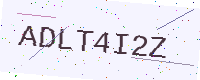
Text: ADLT4I2Z